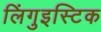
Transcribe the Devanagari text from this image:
लिंगुइस्टिक